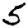
Digit: 5